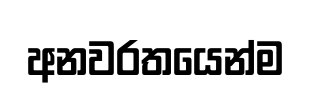
අනවරතයෙන්ම